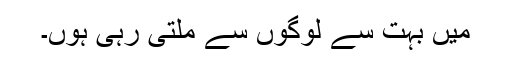
میں بہت سے لوگوں سے ملتی رہی ہوں۔